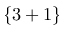
\{ 3 + 1 \}